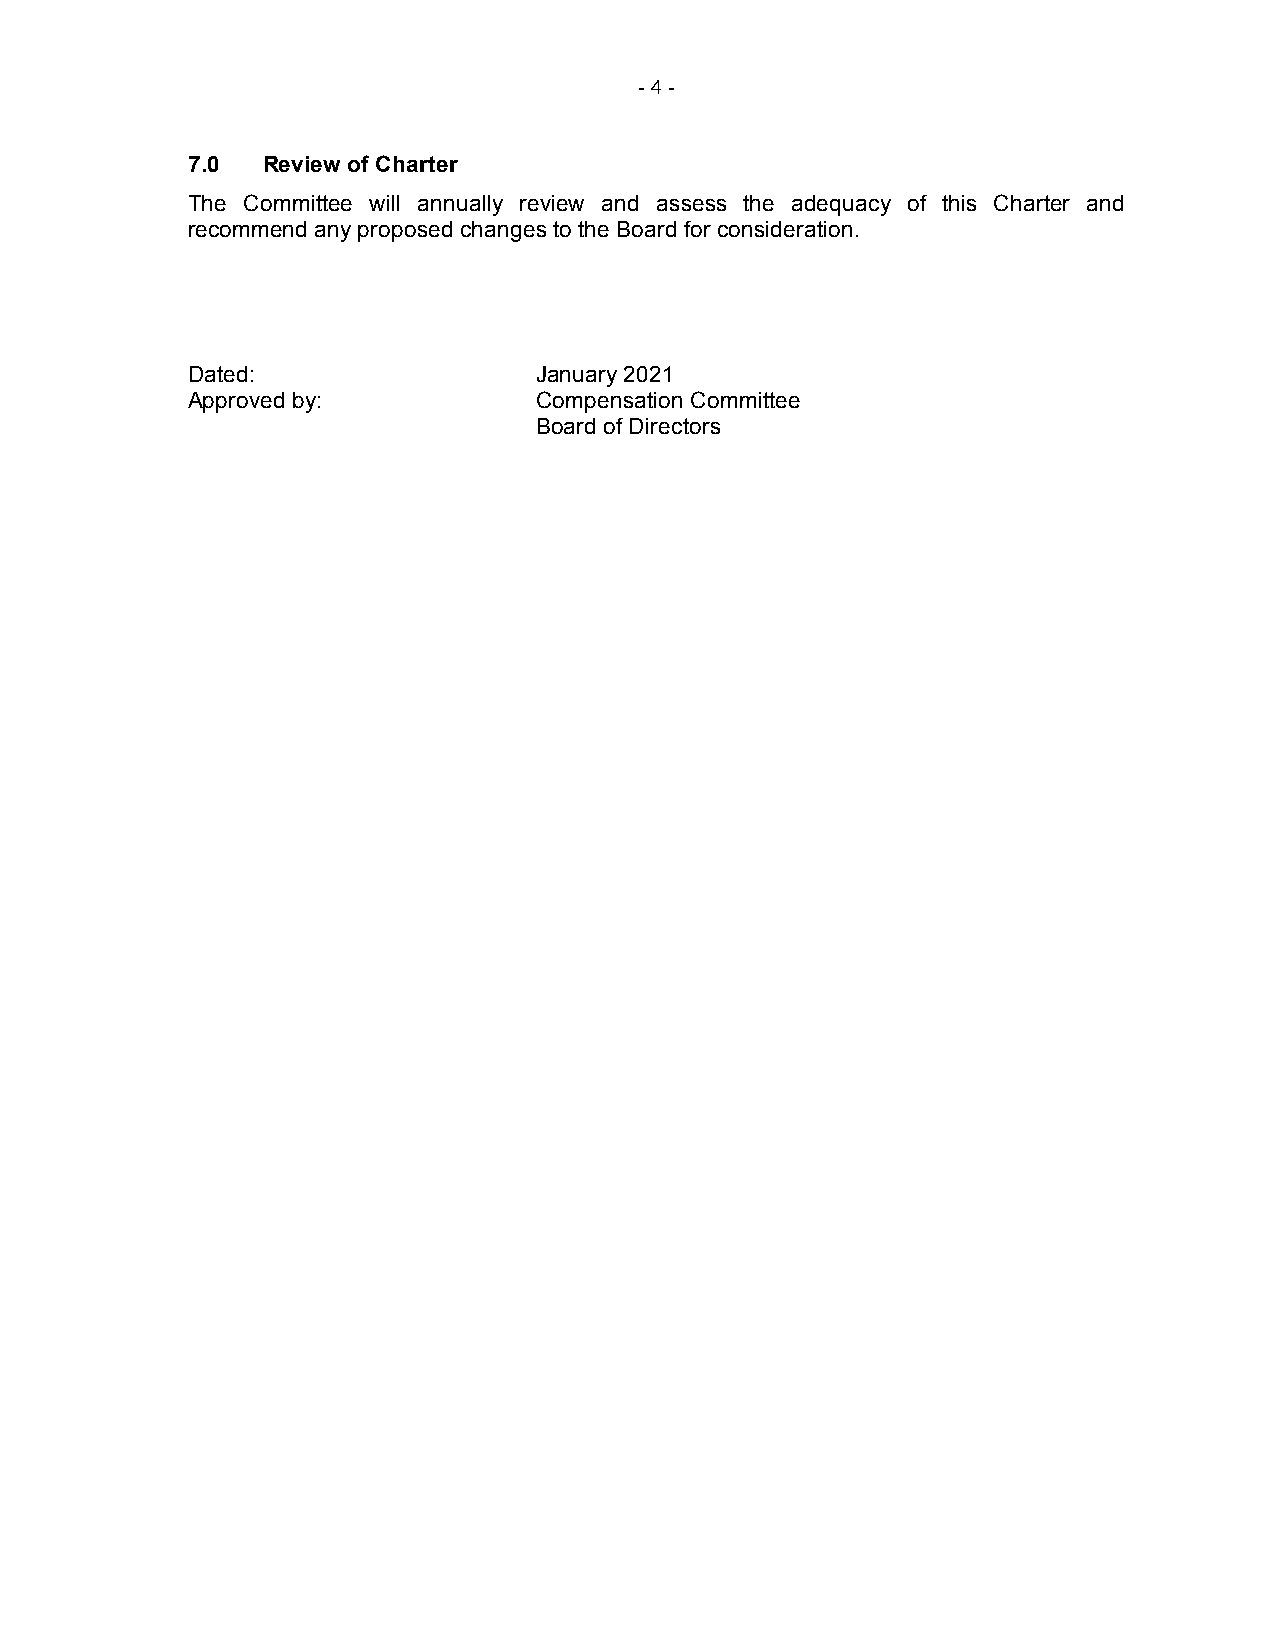
- 4 -
 7.0  Review of Charter
 The Committee will annually review and assess the adequacy of this Charter and
 recommend any proposed changes to the Board for consideration.
 Dated:                  January 2021
 Approved by:            Compensation Committee
 Board of Directors